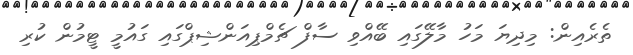
ތެރެއިން: މިދިޔަ މަހު މާލޭގައި ބޭއްވި ސާފް ޗެމްޕިއަންޝިޕްގައި ގައުމީ ޓީމުން ކުރި